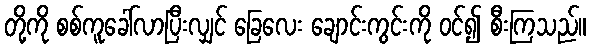
တို့ကို စစ်ကူခေါ်လာပြီးလျှင် ခြေလေး ချောင်းကွင်းကို ဝင်၍ စီးကြသည်။